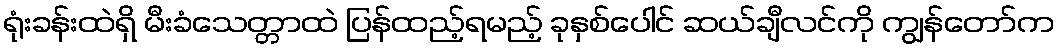
ရုံးခန်းထဲရှိ မီးခံသေတ္တာထဲ ပြန်ထည့်ရမည့် ခုနှစ်ပေါင် ဆယ်ချီလင်ကို ကျွန်တော်က